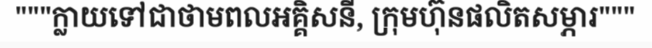
"""ក្លាយទៅជាថាមពលអគ្គិសនី, ក្រុមហ៊ុនផលិតសម្ភារ"""